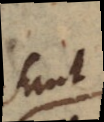
sunt